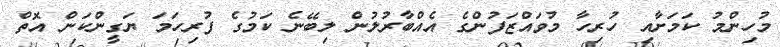
މުހިންމު ކަމަށާއި ހުރިހާ މުވައްޒަފުންގެ އެއްބާރުލުން ލިބޭނެ ކަމުގެ ފުރިހަމަ ޔަގީންކަން އޮތް